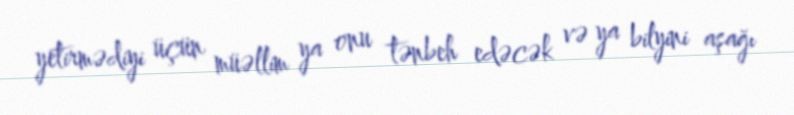
yetirmədiyi üçün müəllim ya onu tənbeh edəcək və ya bilyini aşağı